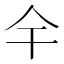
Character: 𫢉